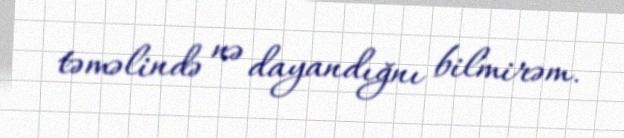
təməlində nə dayandığnı bilmirəm.